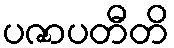
ပဇာပတီတိ